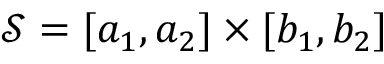
\mathcal { S } = [ a _ { 1 } , a _ { 2 } ] \times [ b _ { 1 } , b _ { 2 } ]